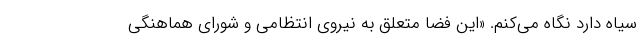
سیاه دارد نگاه می‌کنم. «این فضا متعلق به نیروی انتظامی و شورای هماهنگی